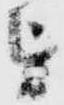
を